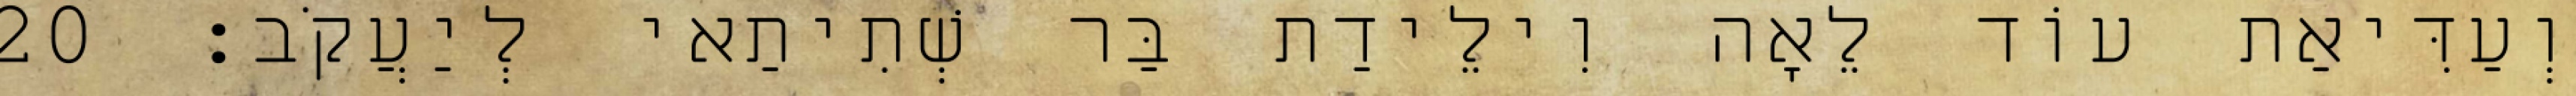
וְעַדִּיאַת עוֹד לֵאָה וִילֵידַת בַּר שְׁתִיתַאי לְיַעֲקֹב׃ 20